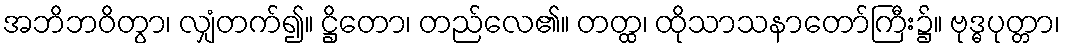
အဘိဘဝိတွာ၊ လျှံတက်၍။ ဋ္ဌိတော၊ တည်လေ၏။ တတ္ထ၊ ထိုသာသနာတော်ကြီး၌။ ဗုဒ္ဓပုတ္တာ၊